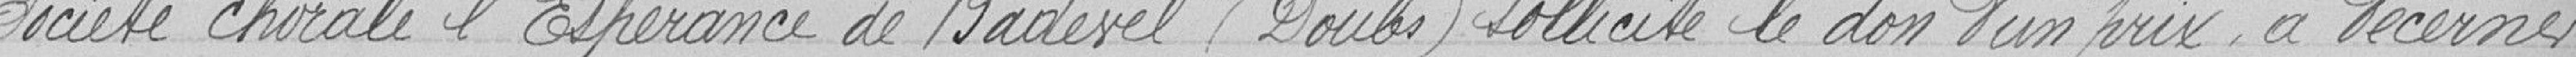
société chorale de l'Espérance de Badevel (Doubs) sollicite le don d'un prix à décerner